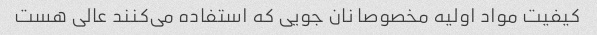
کیفیت مواد اولیه مخصوصا نان جویی که استفاده می‌کنند عالی هست